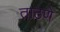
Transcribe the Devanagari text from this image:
ताठणे